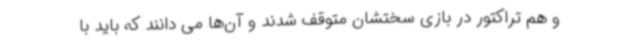
و هم تراکتور در بازی سختشان متوقف شدند و آن‌ها می دانند که باید با